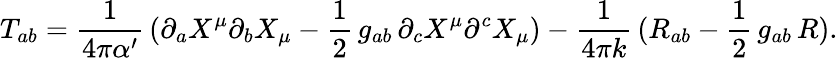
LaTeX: T_{ab}=\frac{1}{4\pi\alpha^{\prime}}\, (\partial_{a}X^{\mu}\partial_{b}X_{\mu}-{\frac 12}\, g_{ab}\, \partial_{c}X^{\mu}\partial^{c}X_{\mu})-\frac{1}{4\pi k}\, (R_{ab}-{\frac 12}\, g_{ab}\, R).